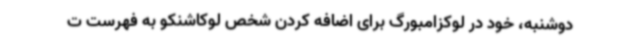
دوشنبه، خود در لوکزامبورگ برای اضافه کردن شخص لوکاشنکو به فهرست ت